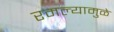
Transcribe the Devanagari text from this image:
रमल्यामुळे